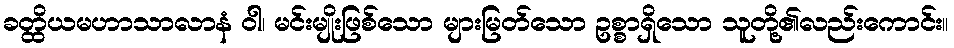
ခတ္ထိယမဟာသာလာနံ ဝါ၊ မင်းမျိုးဖြစ်သော များမြတ်သော ဥစ္စာရှိသော သူတို့၏လည်းကောင်း။